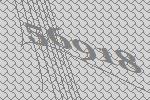
56918